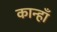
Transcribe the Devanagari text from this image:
कान्हाँ